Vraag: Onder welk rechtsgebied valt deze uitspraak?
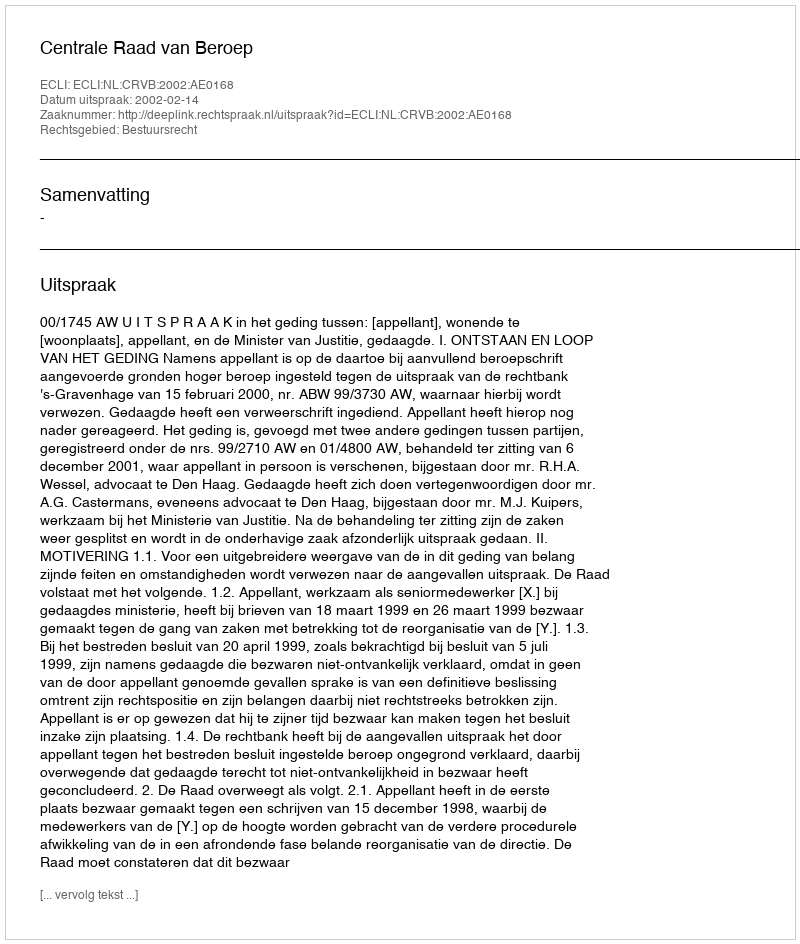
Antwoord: Bestuursrecht